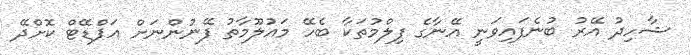
ޝާހިދު އޭރު ބުނެފައިވަނީ އޭނާގެ ފިލްމުތަކާ ބެހޭ މައުލޫމާތު ފޭނުންނަށް އަޕްޑޭޓް ކޮށްދޭ